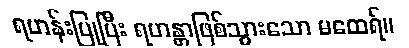
ရဟန်းပြုပြီး ရဟန္တာဖြစ်သွားသော မထေရ်။